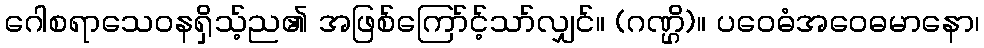
ဂေါစရာသေဝနရှိသ့်ည၏ အဖြစ်ကြော်င့်သာ်လျှင်။ (ဂဏ္ဌိ)။ ပဝေဓံအဝေဓမာနော၊